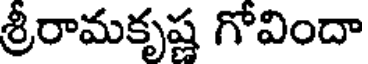
శ్రీరామకృష్ణ గోవిందా